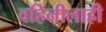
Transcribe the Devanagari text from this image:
वहिनीलाही